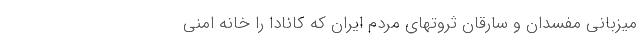
میزبانی مفسدان و سارقان ثروتهای مردم ایران که کانادا را خانه امنی